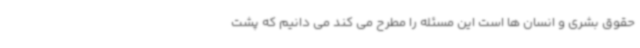
حقوق بشری و انسان ها است این مسئله را مطرح می کند می دانیم که پشت